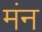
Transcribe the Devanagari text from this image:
मंन